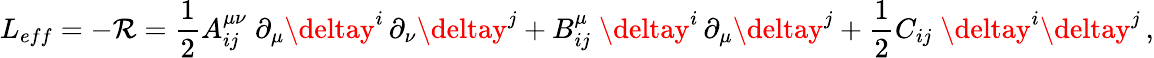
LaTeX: L_{eff}=-\mathcal{R}=\frac{{1}}{{2}}A_{ij}^{\mu\nu}\; \partial_{\mu}{\deltay}^{i}\, \partial_{\nu}{\deltay}^{j}+B_{ij}^{\mu}\; {\deltay}^{i}\, \partial_{\mu}\deltay^{j}+\frac{{1}}{{2}}C_{ij}\; \deltay^{i}\deltay^{j}\, ,